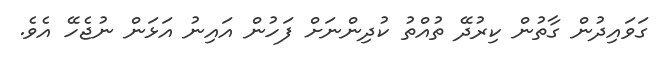
ގަވައިދުން ގާތުން ކިރުދޭ ތުއްތު ކުދިންނަށް ފަހުން އައިނު އަޅަން ނުޖެހޭ އެވެ.